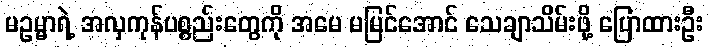
မဥမ္မာရဲ့ အလှကုန်ပစ္စည်းတွေကို အမေ မမြင်အောင် သေချာသိမ်းဖို့ ပြောထားဦး